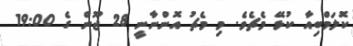
ކޮލަމްބިއާ ކުޅޭ މެޗެވެ. މި މެޗު އޮންނާނީ 28 ޖޫން ގެ 19:00